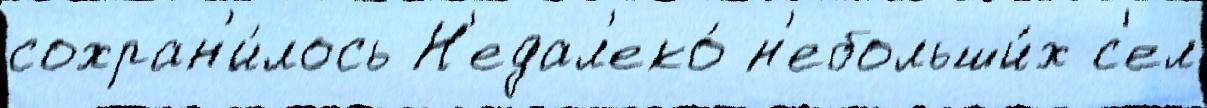
сохран'и́лось Н'едал'еко́ н'ебольши́х с'ел